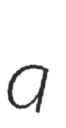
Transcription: a